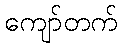
ကျော်တက်